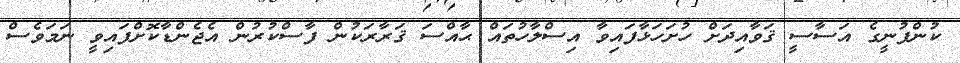
ކުންފުނީގެ އަސާސީ ޤަވާއިދަށް ހުށަހަޅާފައިވާ އިސްލާހުތައް ޙާއްސަ ޤަރާރަކުން ފާސްކުރުން އެޖެންޑާކޮށްފައިވީ ނަމަވެސް